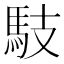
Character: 馶